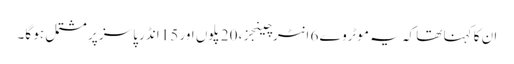
ان کا کہنا تھا کہ یہ موٹروے 6 انٹرچینجز، 20 پلوں اور 15 انڈر پاسز پر مشتمل ہو گا۔